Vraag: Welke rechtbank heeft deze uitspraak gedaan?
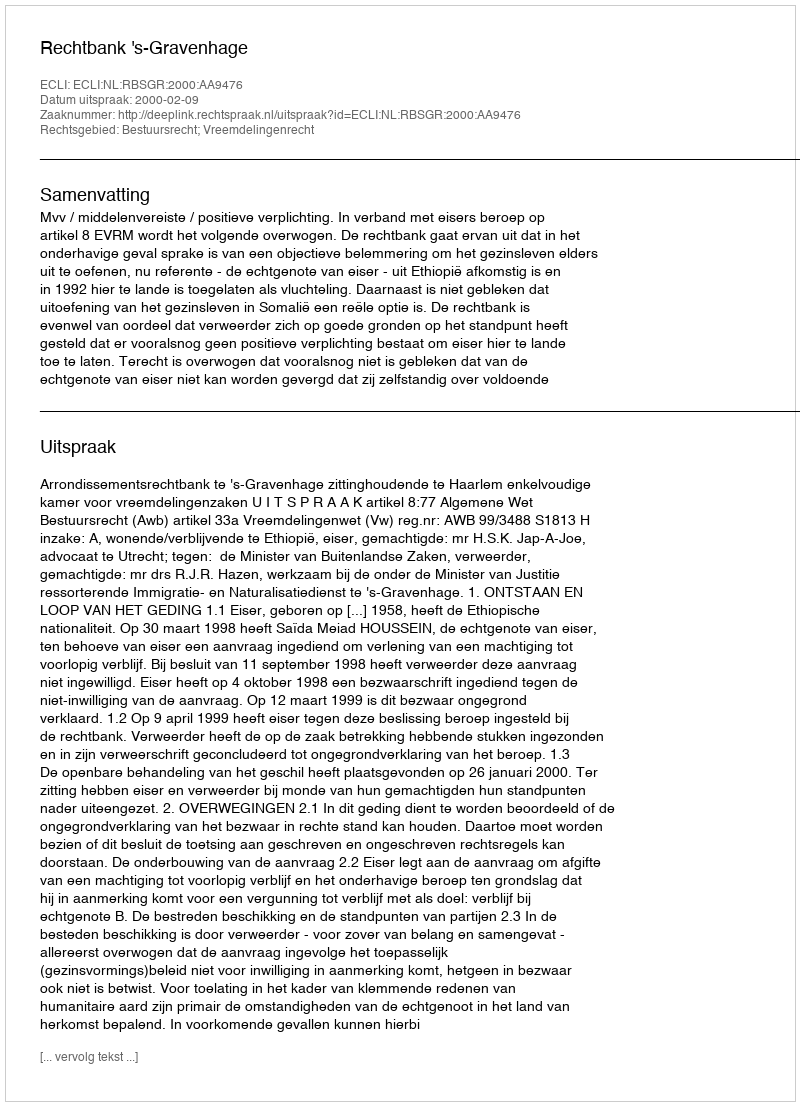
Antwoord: Rechtbank 's-Gravenhage